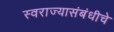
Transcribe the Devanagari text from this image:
स्वराज्यासंबंधीचे